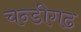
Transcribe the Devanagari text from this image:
चन्डीगढ